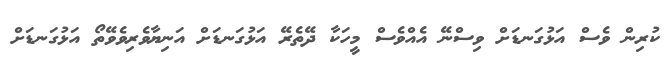
ކުރިން ވެސް އަޅުގަނޑަށް ވިސްނޭ އެއްވެސް މީހަކާ ދޭތެރޭ އަޅުގަނޑަށް އަނިޔާވެރިވެވޭތޯ އަޅުގަނޑަށް